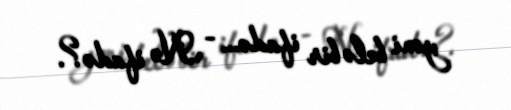
yəni belə bir ifadə... - Nə ifadə?.